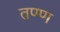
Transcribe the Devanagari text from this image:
तण्ण